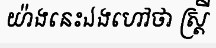
យ៉ាងនេះឯងហៅថា ស្ត្រី